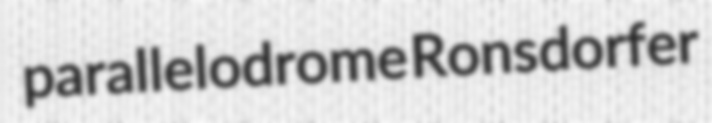
parallelodrome Ronsdorfer